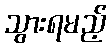
သွားရမည့်